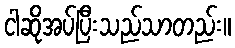
ငါဆိုအပ်ပြီးသည်သာတည်း။